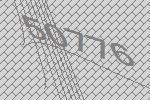
50776